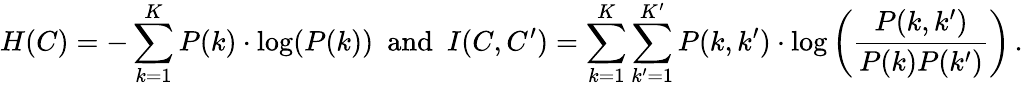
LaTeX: H(C)=-\sum_{k=1}^{K}P(k)\cdot\log(P(k))~~\mathrm{and}~~I(C,C^{\prime})=\sum_{k=1}^{K}\sum_{k^{\prime}=1}^{K^{\prime}}P(k,k^{\prime})\cdot\log\left(\frac{P(k,k^{\prime})}{P(k)P(k^{\prime})}\right)\, .